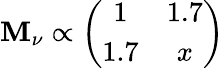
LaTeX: {\mathbf M}_{\nu}\propto\left(\begin{array}{cc}{{1}}&{{1.7}}\\ {{1.7}}&{{x}}\end{array}\right)